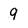
Character: 9